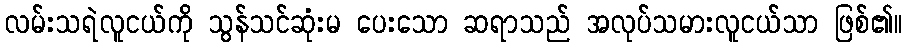
လမ်းသရဲလူငယ်ကို သွန်သင်ဆုံးမ ပေးသော ဆရာသည် အလုပ်သမားလူငယ်သာ ဖြစ်၏။